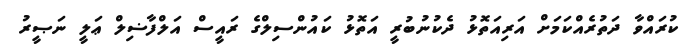
ކުރައްވާ ދަތުރެއްކަމަށް އަރިއަތޮޅު ދެކުނުބުރީ އަތޮޅު ކައުންސިލްގެ ރައީސް އަލްފާޟިލް ޢަލީ ނަޞީރު